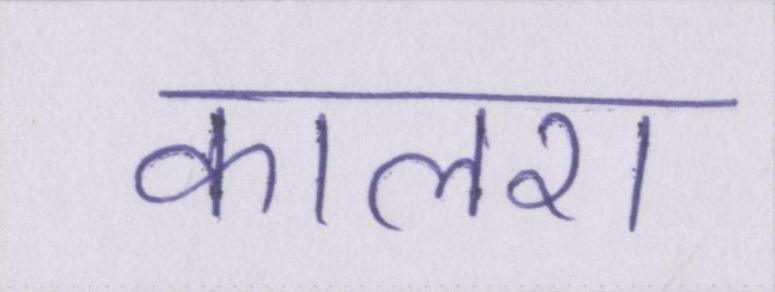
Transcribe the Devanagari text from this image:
कालरा